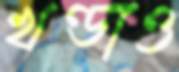
খণ্ডাও